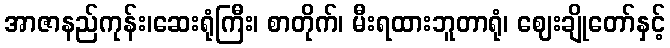
အာဇာနည်ကုန်း၊ဆေးရုံကြီး၊ စာတိုက်၊ မီးရထားဘူတာရုံ၊ ဈေးချိုတော်နှင့်